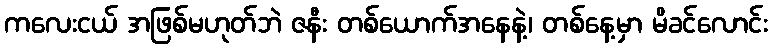
ကလေးငယ် အဖြစ်မဟုတ်ဘဲ ဇနီး တစ်ယောက်အနေနဲ့၊ တစ်နေ့မှာ မိခင်လောင်း